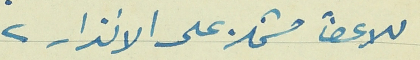
للاعضآ مشتملة على الانذار.